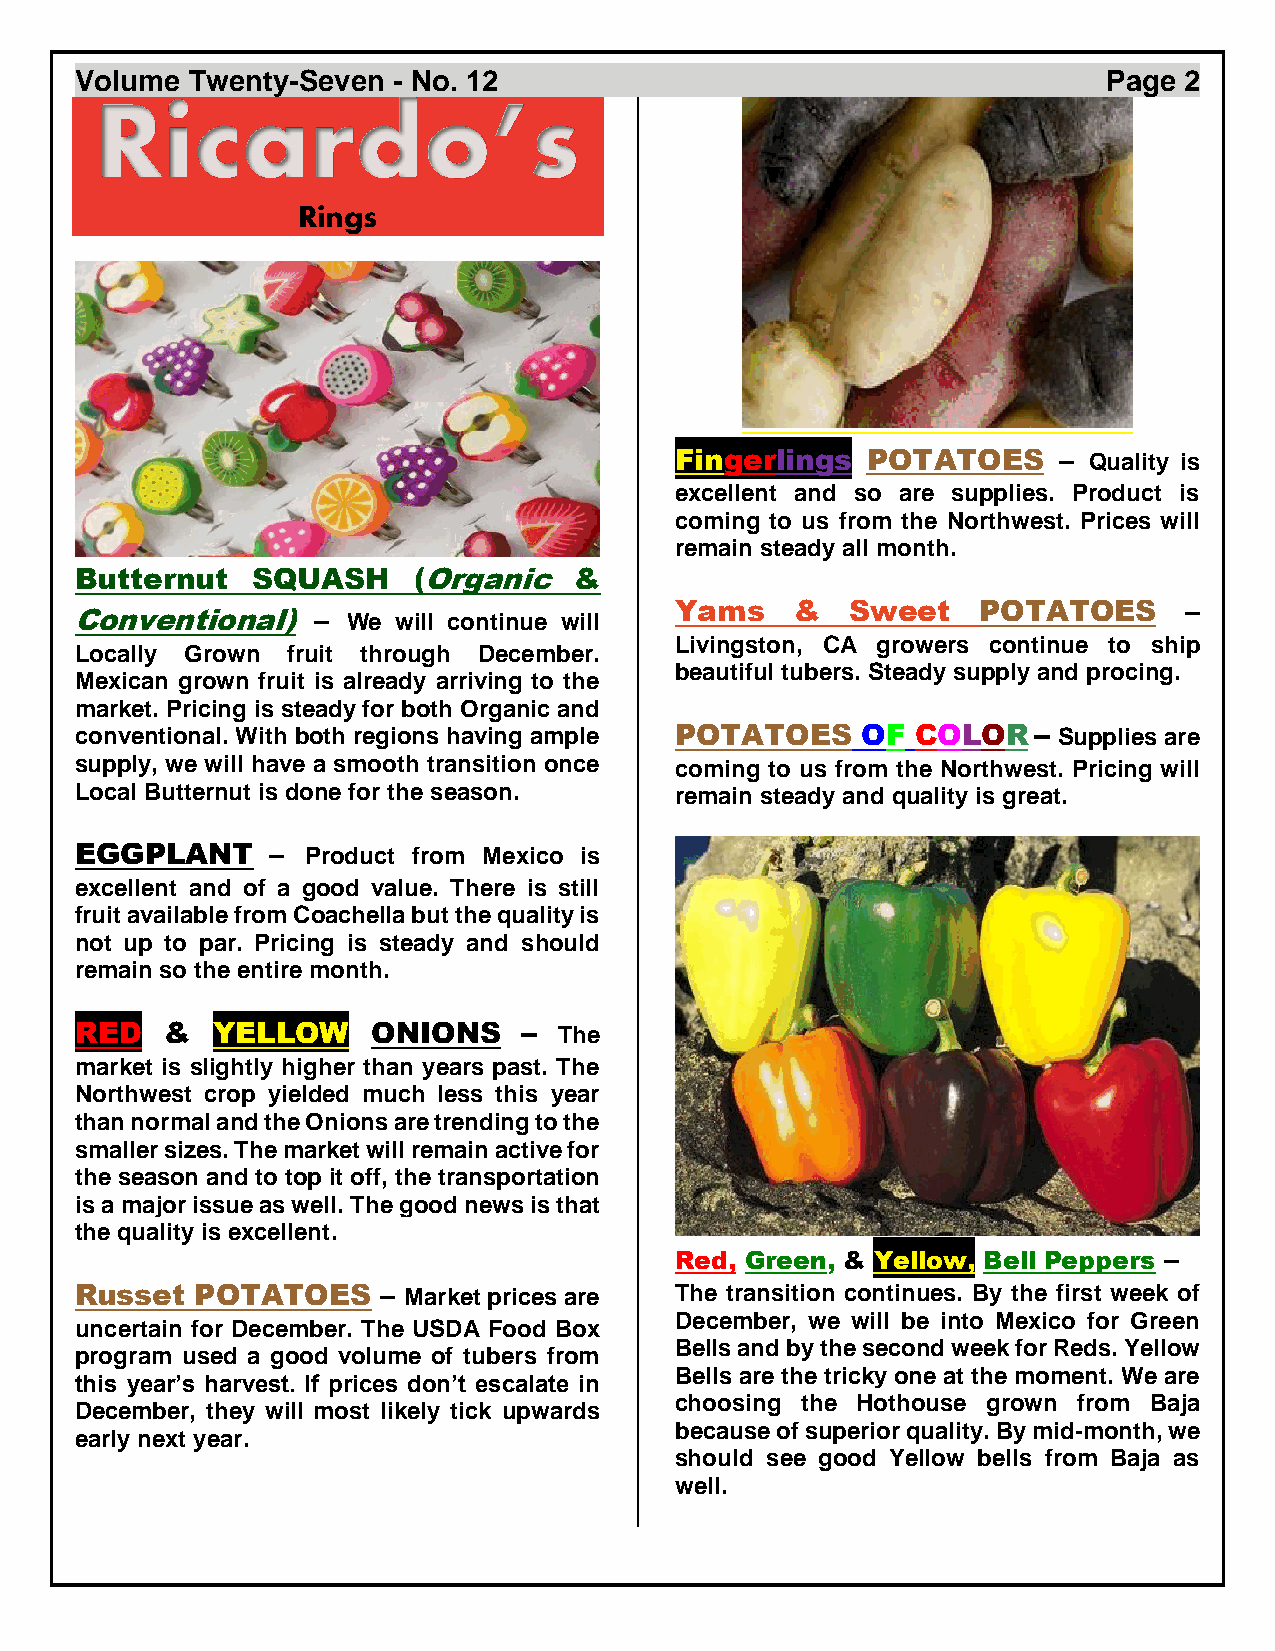
Volume Twenty-Seven  - No. 12                                       Page 2
 Ricardo’s
 Rings
 Fingerlings POTATOES     – Quality is
 excellent and so are supplies. Product is
 coming to us from the Northwest. Prices will
 remain steady all month.
 Butternut   SQUASH    (Organic   &
 Yams    &  Sweet    POTATOES     –
 Conventional)   – We will continue will
 Livingston, CA growers continue to ship
 Locally Grown fruit through December.
 beautiful tubers. Steady supply and procing.
 Mexican grown fruit is already arriving to the
 market. Pricing is steady for both Organic and
 conventional. With both regions having ample POTATOES OF COLOR – Supplies are
 supply, we will have a smooth transition once coming to us from the Northwest. Pricing will
 Local Butternut is done for the season. remain steady and quality is great.
 EGGPLANT     – Product from Mexico is
 excellent and of a good value. There is still
 fruit available from Coachella but the quality is
 not up to par. Pricing is steady and should
 remain so the entire month.
 RED   &  YELLOW     ONIONS    – The
 market is slightly higher than years past. The
 Northwest crop yielded much less this year
 than normal and the Onions are trending to the
 smaller sizes. The market will remain active for
 the season and to top it off, the transportation
 is a major issue as well. The good news is that
 the quality is excellent.
 Red, Green, & Yellow, Bell Peppers –
 Russet  POTATOES    – Market prices are The transition continues. By the first week of
 December, we will be into Mexico for Green
 uncertain for December. The USDA Food Box
 Bells and by the second week for Reds. Yellow
 program used a good volume of tubers from
 Bells are the tricky one at the moment. We are
 this year’s harvest. If prices don’t escalate in
 choosing the Hothouse grown from Baja
 December, they will most likely tick upwards
 because of superior quality. By mid-month, we
 early next year.
 should see good Yellow bells from Baja as
 well.